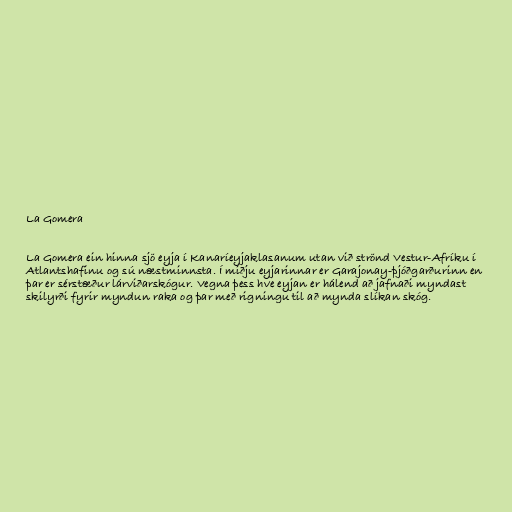
La Gomera

La Gomera ein hinna sjö eyja í Kanaríeyjaklasanum utan við strönd Vestur-Afríku í
Atlantshafinu og sú næstminnsta. Í miðju eyjarinnar er Garajonay-þjóðgarðurinn en
þar er sérstæður lárviðarskógur. Vegna þess hve eyjan er hálend að jafnaði myndast
skilyrði fyrir myndun raka og þar með rigningu til að mynda slíkan skóg.